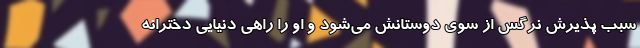
سبب پذیرش نرگس از سوی دوستانش می‌شود و او را راهی دنیایی دخترانه